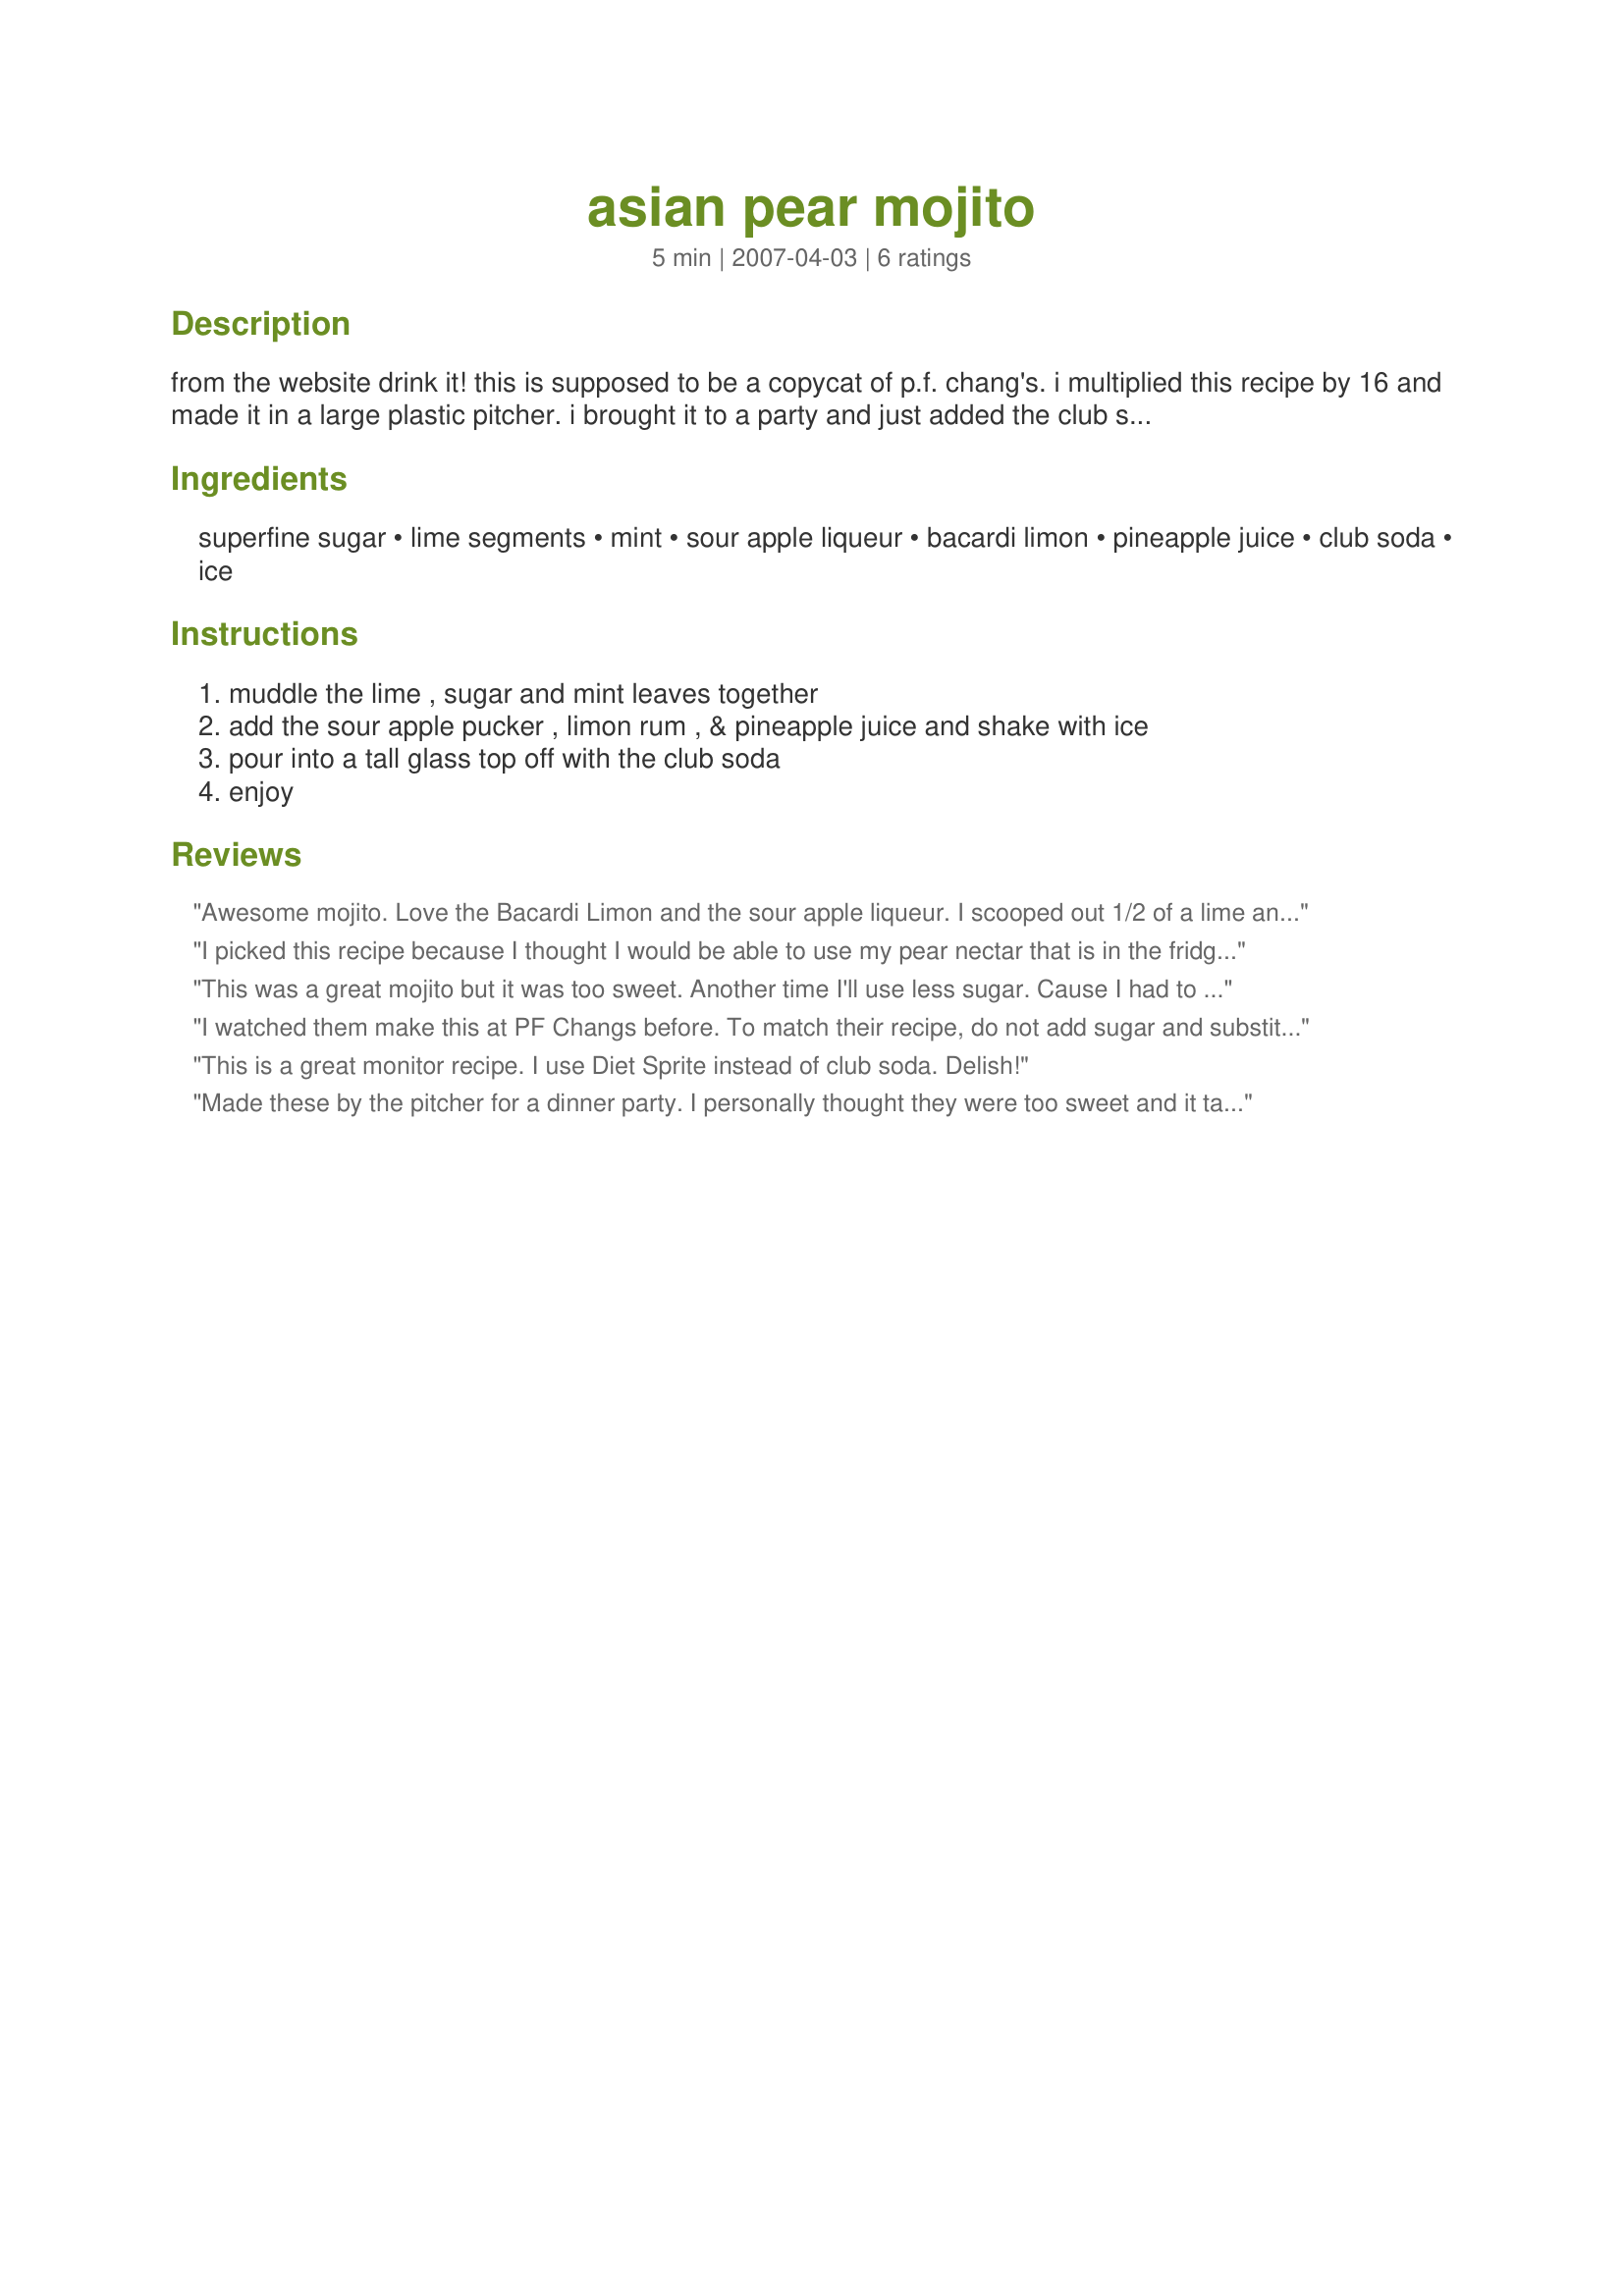
asian pear mojito
Preparation time: 5 minutes

from the website drink it! this is supposed to be a copycat of p.f. chang's. i multiplied this recipe by 16 and made it in a large plastic pitcher. i brought it to a party and just added the club soda to each glass when we got there. it was very well received!

Ingredients:
superfine sugar, lime segments, mint, sour apple liqueur, bacardi limon, pineapple juice, club soda, ice

Steps:
muddle the lime , sugar and mint leaves together, add the sour apple pucker , limon rum , & pineapple juice and shake with ice, pour into a tall glass top off with the club soda, enjoy

Reviews:
Awesome mojito. Love the Bacardi Limon and the sour apple liqueur. I scooped out 1/2 of a lime and then muddled the lime, sugar and mint leave I used pineapple mint.One tablespoon of sugar was just right for me. Thanks so much for sharing this recipe I have made it several times now. Ive got the ratio for making a pitcher down pat and thats the only way I make it now.
I picked this recipe because I thought I would be able to use my pear nectar that is in the fridge. Well low and behold.... this Asian Pear Mojito does not have pear juice in it!!! I made it anyway (after all I have yet to meet a mojito I didn't like), and I don't know how in the world this combination managed to do it - but it tastes JUST like pear!!! Oh, it is also FABULOUS! I was not sure what 3 sections only meant, so I used three lime rings. Fabulous! Total Keeper! Thanks cookiedog! Zaar World Tour 3
This was a great mojito but it was too sweet. Another time I'll use less sugar. Cause I had to add more club soda. Thanks Cookiedog. Made for Beverage tag.
I watched them make this at PF Changs before. To match their recipe, do not add sugar and substitute lemon-lime soda for club soda. I like to use Hansen's Natural or Whole Foods 365 brand soda, as they are made without corn syrup, but you can use Sierra Mist or Sprite.
This is a great monitor recipe. I use Diet Sprite instead of club soda. Delish!
Made these by the pitcher for a dinner party. I personally thought they were too sweet and it tasted as if they had Midori in them, which I don't care for. I prefer the more tart, limey, minty mojito. Everyone else enjoyed them though!
